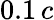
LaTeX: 0.1\, c